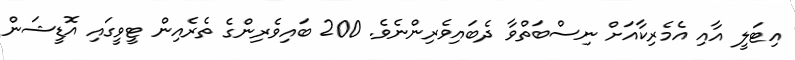
އިޓަލީ އާއި އެމެރިކާއަށް ނިސްބަތްވާ ދެބައިވެރިންނެވެ. 200 ބައިވެރިންގެ ތެރެއިން ޓީވީގައި އޮޑީޝަން